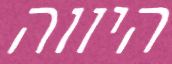
היווה